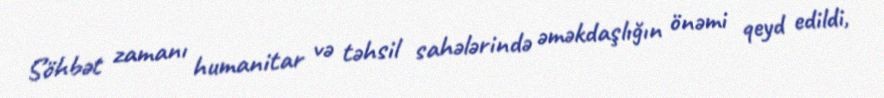
Söhbət zamanı humanitar və təhsil sahələrində əməkdaşlığın önəmi qeyd edildi,